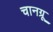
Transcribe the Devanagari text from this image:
चानग्रू